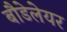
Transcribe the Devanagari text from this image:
बौडेलेयर